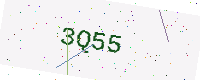
Text: 3Q55